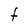
Character: t